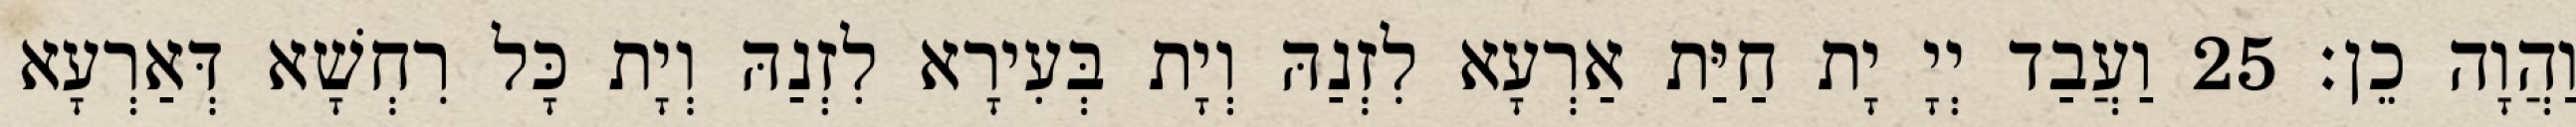
וַהֲוָה כֵן׃ 25 וַעֲבַד יְיָ יָת חַיַּת אַרְעָא לִזְנַהּ וְיָת בְּעִירָא לִזְנַהּ וְיָת כָּל רִחְשָׁא דְּאַרְעָא